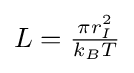
{\textstyle L={\frac {\pi r_{I}^{2}}{k_{B}T}}}